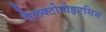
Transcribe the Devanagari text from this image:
गैलक्टोपोइएसिस